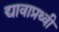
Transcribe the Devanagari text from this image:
द्यावाप्रथ्वी